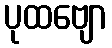
ပုထဗျော